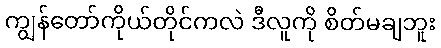
ကျွန်တော်ကိုယ်တိုင်ကလဲ ဒီလူကို စိတ်မချဘူး